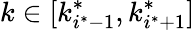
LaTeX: k\in[k_{i^{*}-1}^{*},k_{i^{*}+1}^{*}]